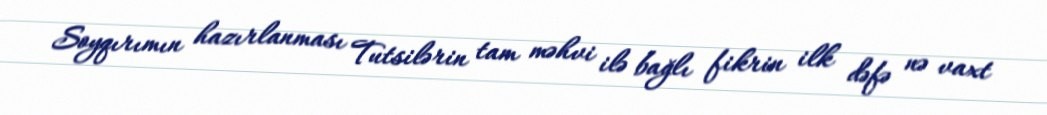
Soyqırımın hazırlanması Tutsilərin tam məhvi ilə bağlı fikrin ilk dəfə nə vaxt